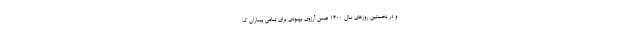
و در نخستین روزهای سال ۱۴۰۰ ضمن آرزوی بهبودی برای تمامی بیماران ک